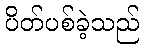
ပိတ်ပစ်ခဲ့သည်